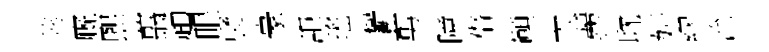
莘廐煕翦趙眼裦豪詎瑤鬱剪障僣顚內麗耽妍繆沇